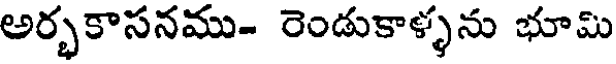
అర్భకాసనము- రెండుకాళ్ళను భూమి